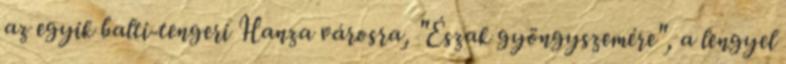
az egyik balti-tengeri Hanza városra, "Észak gyöngyszemére", a lengyel